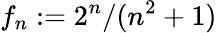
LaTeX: f_{n}:=2^{n}/(n^{2}+1)